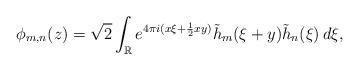
LaTeX: \begin{align*}\phi_{m,n}(z)=\sqrt{2}\int_\mathbb{R}e^{4\pi i(x\xi+\frac{1}{2}xy)}\tilde{h}_m(\xi+y)\tilde{h}_n(\xi)\,d\xi,\end{align*}